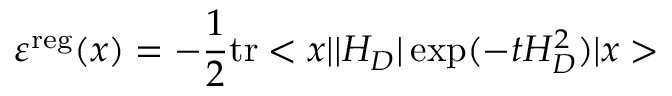
\varepsilon ^ { \mathrm { r e g } } ( x ) = - \frac { 1 } { 2 } \mathrm { t r } < x | | H _ { D } | \exp ( - t H _ { D } ^ { 2 } ) | x >